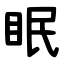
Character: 眠